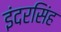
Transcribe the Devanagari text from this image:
इंदरसिंह